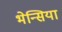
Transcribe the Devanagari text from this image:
भेन्सिया